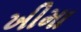
ખીમા